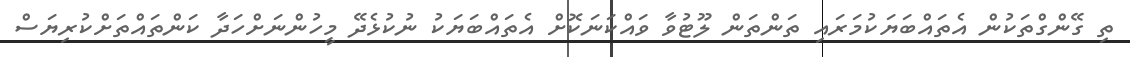
ތި ގޭންގްތަކުން އެތައްބަޔަކުމަރައި ތަންތަން ލޫޓުވާ ވައްކަނަކޮށް އެތައްބަޔަކު ނުކުޅެދޭ މީހުންނަށްހަދާ ކަންތައްތަށްކުރިޔަސް